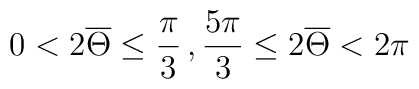
0< 2\overline\Theta \leq \frac{\pi}{3}\, , \frac{5\pi}{3} \leq 2\overline\Theta < 2\pi